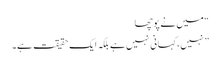
“ میں نے پوچھا
” نہیں، کہانی نہیں ہے بلکہ ایک حقیقت ہے۔